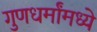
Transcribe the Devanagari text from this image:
गुणधर्मांमध्ये